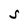
Character: S